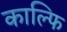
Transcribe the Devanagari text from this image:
काल्फि